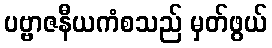
ပဗ္ဗာဇနီယကံစသည် မှတ်ဖွယ်